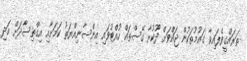
ތަރައްގީވެފައިވާ ގައުމުތަކުން ޖައްވަށް ދޫކުރާ ގޭސްތައް ހުއްޓުވައި އިންސާނިއްޔަތު ކަމަށާއި އިގްތިސާދަށް އަދި